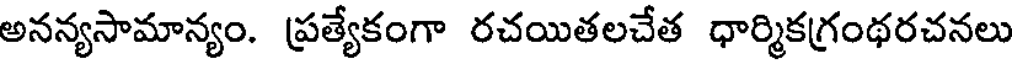
అనన్యసామాన్యం. ప్రత్యేకంగా రచయితలచేత ధార్మికగ్రంథరచనలు